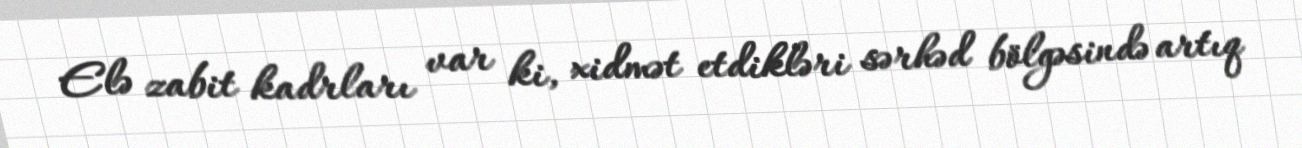
Elə zabit kadrları var ki, xidmət etdikləri sərhəd bölgəsində artıq